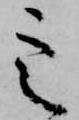
定